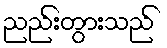
ညည်းတွားသည်